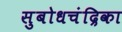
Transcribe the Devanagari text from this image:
सुबोधचंद्रिका